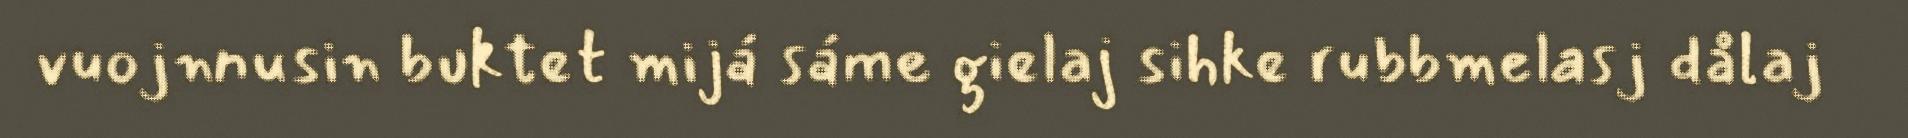
vuojnnusin buktet mijá sáme gielaj sihke rubbmelasj dålaj